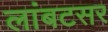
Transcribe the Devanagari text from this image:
लांबटसर